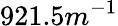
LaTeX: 921.5m^{-1}